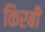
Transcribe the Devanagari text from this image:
किरबी